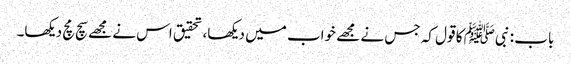
باب : نبیﷺ کا قول کہ جس نے مجھے خواب میں دیکھا، تحقیق اس نے مجھے سچ مچ دیکھا۔